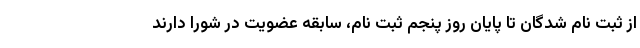
از ثبت نام شدگان تا پایان روز پنجم ثبت نام، سابقه عضویت در شورا دارند